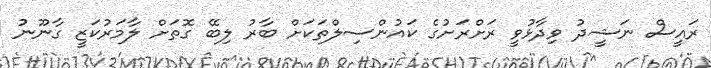
ރައީސް ނަޝީދު ވިދާޅުވީ ރަށްރަށުގެ ކައުންސިލްތަކަށް ބާރު ލިބޭ ގޮތަށް ލާމަރުކަޒީ ގާނޫނު